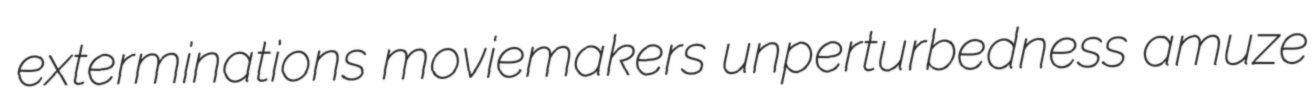
exterminations moviemakers unperturbedness amuze